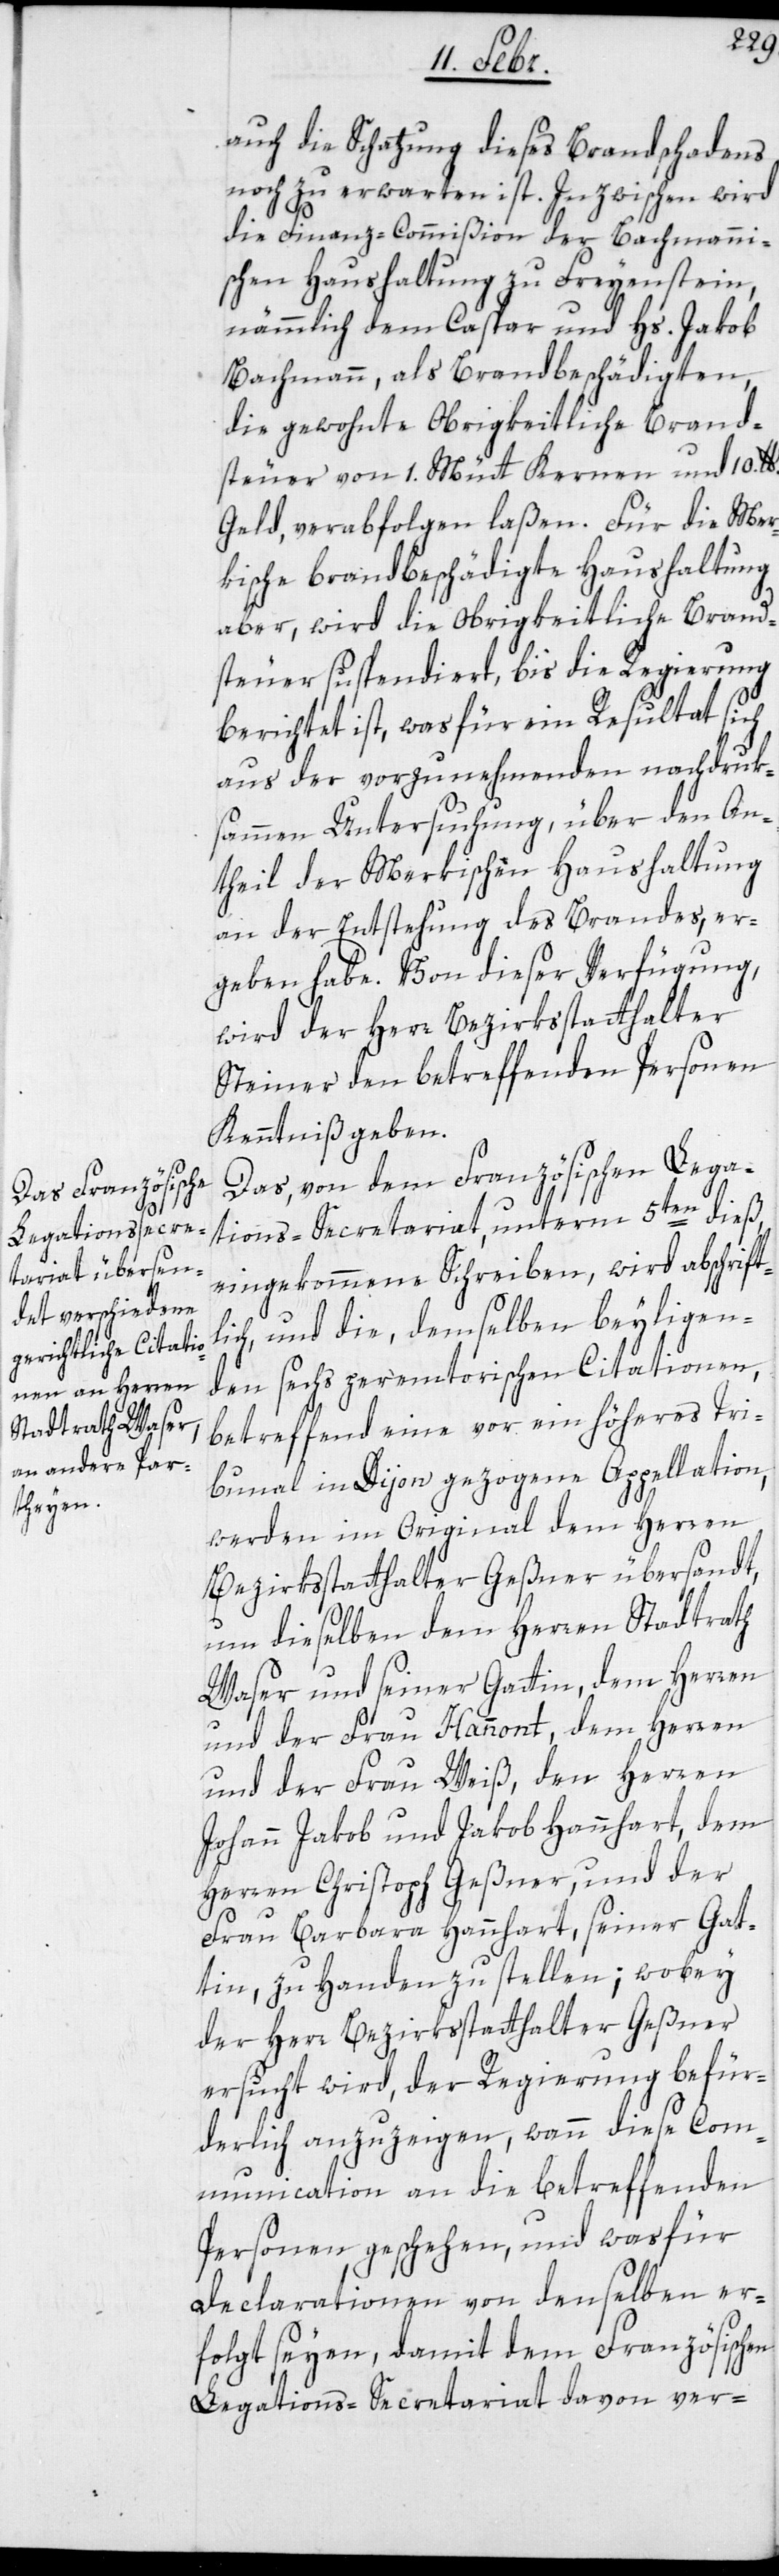
auch die Schatzung dieses Brandschadens
noch zu erwarten ist. Inzwischen wird
die Finanz-Commißion der Bachmanni¬
schen Haushaltung zu Freyenstein,
nämmlich dem Caspar und Hs. Jakob
Bachmann, als Brandbeschädigten,
die gewohnte Obrigkeitliche Brand¬
steuer von 1. Mütt Kernen und 10. lb.
Geld, verabfolgen laßen. Für die Mer¬
kische brandbeschädigte Haushaltung
aber, wird die obrigkeitliche Brand¬
steuer suspendiert, bis die Regierung
berichtet ist, was für ein Resultat sich
aus der vorzunehmenden nachdruk¬
sammen Untersuchung, über den An¬
theil der Merkischen Haushaltung
an der Entstehung des Brandes, er¬
geben habe. Von dieser Verfügung,
wird der Herr Bezirksstatthalter
Steiner den betreffenden Personen
Kenntniß geben.
Das, von dem Französischen Lega¬
tions-Secretariat, unterm 5ten dieß,
eingekommene Schreiben, wird abschriftl¬
ich, und die, demselben beyliegen¬
den sechs peremtorischen Citationen,
betreffend eine vor ein höheres Tri¬
bunal in Dijon gezogene Appellation,
werden im Original dem Herren
Bezirksstatthalter Geßner übersandt,
um dieselben dem Herren Stadtrath
Waser und seiner Gattin, dem Herren
und der Frau Hannont, dem Herren
und der Frau Weiß, den Herren
Johann Jakob und Jakob Hannhart, dem
Herren Christoph Geßner, und der
Frau Barbara Hannhart, seiner Gat¬
tin, zu Handen zu stellen; wobey
der Herr Bezirksstatthalter Geßner
ersucht wird, der Regierung befür¬
derlich anzuzeigen, wann diese Com¬
munication an die betreffenden
Personen geschehen, und was für
Declarationen von denselben er¬
folgt seyen, damit dem Französischen
Legations-Secretariat davon ver-